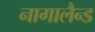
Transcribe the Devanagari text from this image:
नागालैन्ड